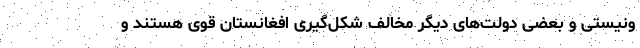
ونیستی و بعضی دولت‌های دیگر مخالف شکل‌گیری افغانستان قوی هستند و